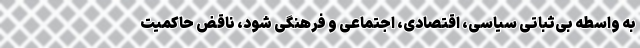
به واسطه بی‌ثباتی سیاسی، اقتصادی، اجتماعی و فرهنگی شود، ناقض حاکمیت